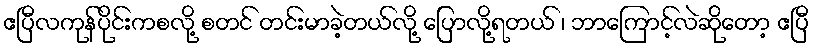
ဧပြီလကုန်ပိုင်းကစလို့ စတင် တင်းမာခဲ့တယ်လို့ ပြောလို့ရတယ် ၊ ဘာကြောင့်လဲဆိုတော့ ဧပြီ